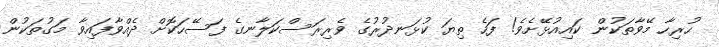
ހުރިހާ މޭވާތަކުން ކައިއުޅޭށެވެ! ފަހެ ތިޔަ ކުޅަނދުރުގެ ވެރިރަސްކަލާނގެ ފަސޭހަކޮށް ދެއްވާފައިވާ މަގުތަކުން